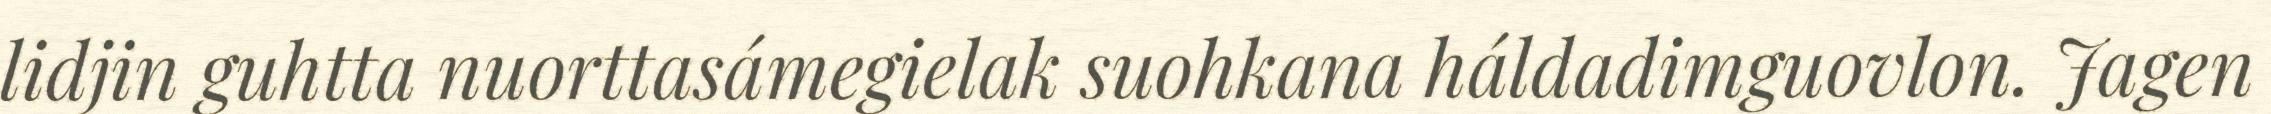
lidjin guhtta nuorttasámegielak suohkana háldadimguovlon. Jagen